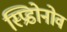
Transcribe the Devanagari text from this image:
स्प्रिडोनोव